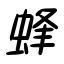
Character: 蜂